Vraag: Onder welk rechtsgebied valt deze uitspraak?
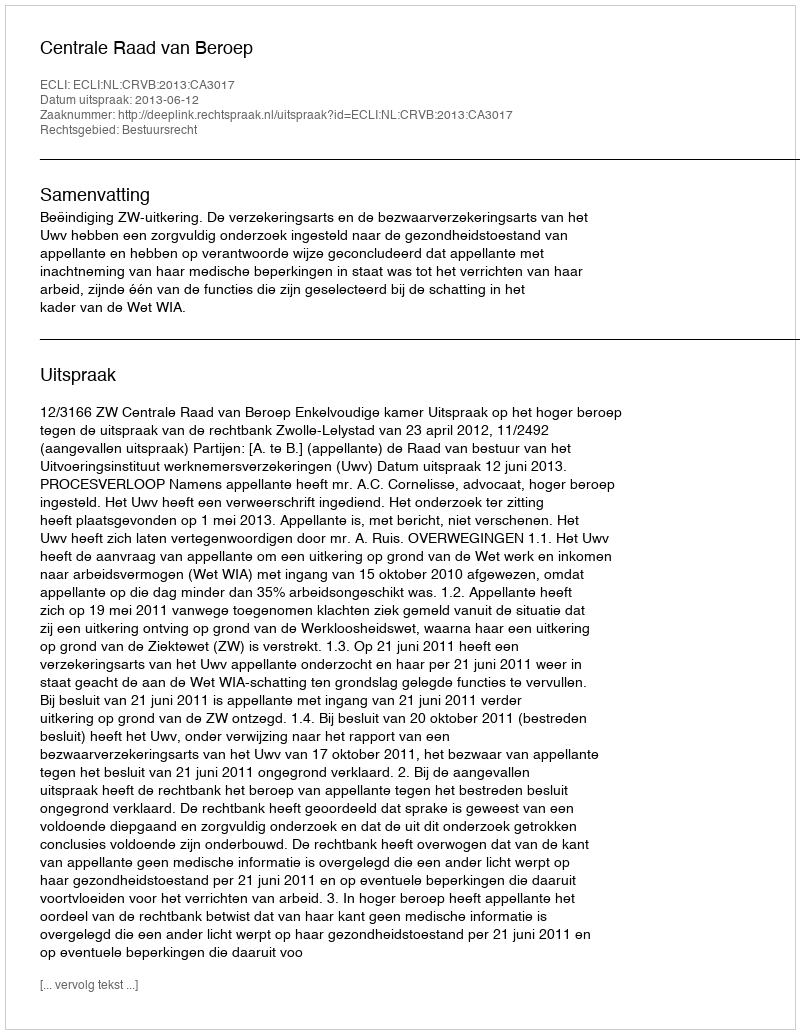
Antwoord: Bestuursrecht